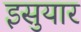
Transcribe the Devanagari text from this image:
इसुयार